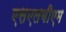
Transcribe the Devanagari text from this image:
एसएलबीएम